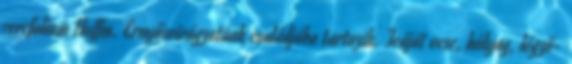
cerefolium Hoffm. Ernyősvirágzatúak családjába tartozik. Teáját vese, hólyag, légző-